Treatise on elephants
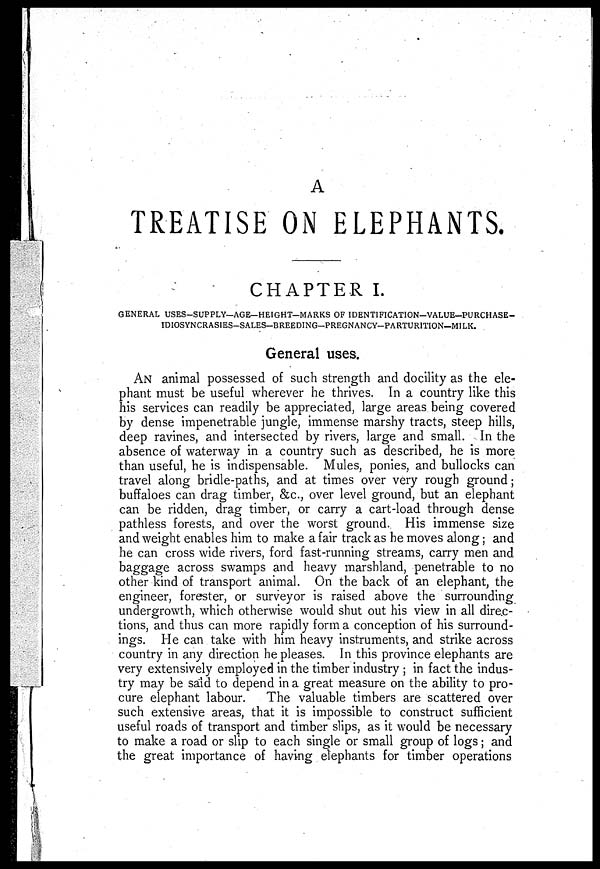
A
TREATISE ON ELEPHANTS.
CHAPTER I.
GENERAL USES-SUPPLY—AGE-HEIGHT—MARKS OF IDENTIFICATION—VALUE—PURCHASE—
IDIOSYNCRASIES-SALES—BREEDING—PREGNANCY—PARTUR1TION—MILK.
General uses.
AN animal possessed of such strength and docility as the ele-
phant must be useful wherever he thrives. In a country like this
his services can readily be appreciated, large areas being covered
by dense impenetrable jungle, immense marshy tracts, steep hills,
deep ravines, and intersected by rivers, large and small. In the
absence of waterway in a country such as described, he is more
than useful, he is indispensable. Mules, ponies, and bullocks can
travel along bridle-paths, and at times over very rough ground;
buffaloes can drag timber, &c., over level ground, but an elephant
can be ridden, drag timber, or carry a cart-load through dense
pathless forests, and over the worst ground. His immense size
and weight enables him to make a fair track as he moves along; and
he can cross wide rivers, ford fast-running streams, carry men and
baggage across swamps and heavy marshland, penetrable to no
other kind of transport animal. On the back of an elephant, the
engineer, forester, or surveyor is raised above the surrounding
undergrowth, which otherwise would shut out his view in all direc-
tions, and thus can more rapidly form a conception of his surround-
ings. He can take with him heavy instruments, and strike across
country in any direction he pleases. In this province elephants are
very extensively employed in the timber industry ; in fact the indus-
try may be said to depend in a great measure on the ability to pro-
cure elephant labour.
The valuable timbers are scattered over
such extensive areas, that it is impossible to construct sufficient
useful roads of transport and timber slips, as it would be necessary
to make a road or slip to each single or small group of logs; and
the great importance of having elephants for timber operations